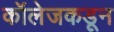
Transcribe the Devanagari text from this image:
कॉलेजकडून